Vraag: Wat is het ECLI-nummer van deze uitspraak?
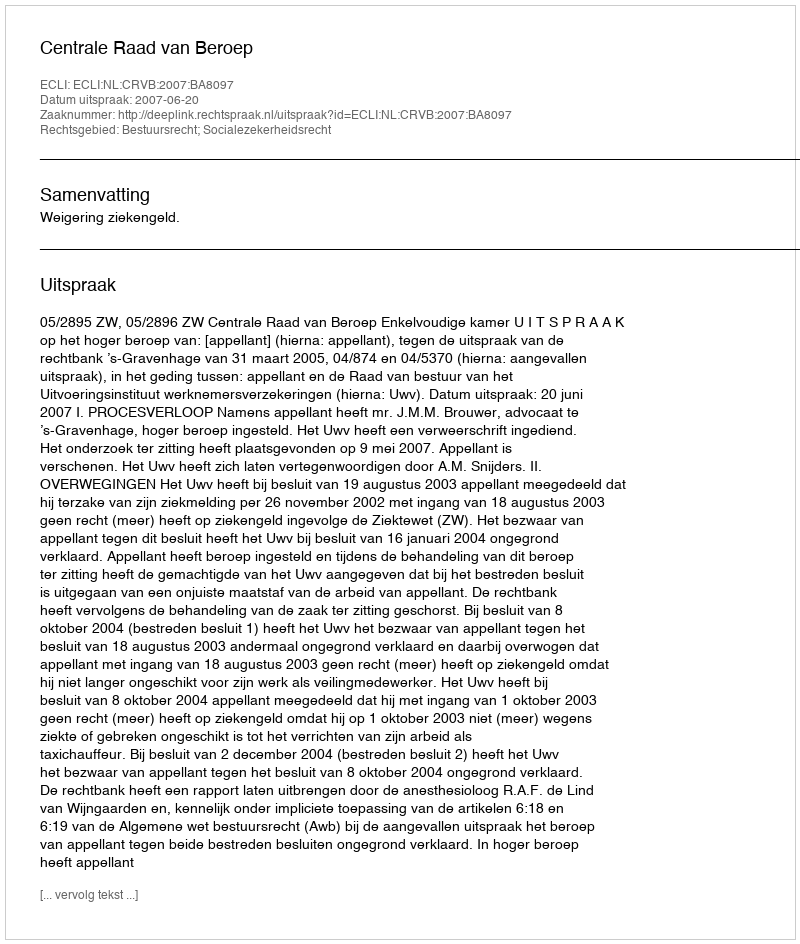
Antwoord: ECLI:NL:CRVB:2007:BA8097